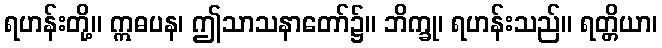
ရဟန်းတို့။ ဣဓပန၊ ဤသာသနာတော်၌။ ဘိက္ခု၊ ရဟန်းသည်။ ရတ္တိယာ၊